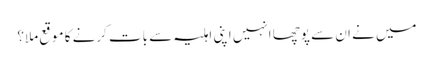
میں نے ان سے پوچھا انہیں اپنی اہلیہ سے بات کرنے کا موقع ملا؟